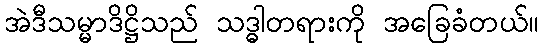
အဲဒီသမ္မာဒိဋ္ဌိသည် သဒ္ဓါတရားကို အခြေခံတယ်။